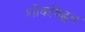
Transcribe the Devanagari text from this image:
शोकविह्वल